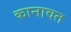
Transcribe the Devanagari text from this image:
कानावत